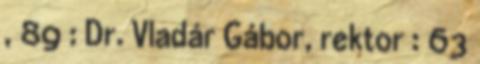
, 89 : Dr. Vladár Gábor, rektor : 63